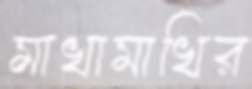
মাখামাখির